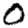
Digit: 0